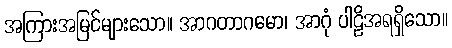
အကြားအမြင်များသော။ အာဂတာဂမော၊ အာဂုံ ပါဠိအရရှိသော။